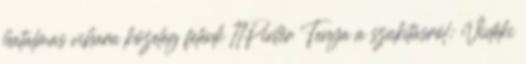
hatalmas vihara közeleg felénk 11Pintér Tenya a szakításról: Vidéki